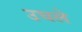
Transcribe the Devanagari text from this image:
उघले